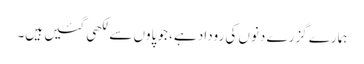
ہمارے گزرے دنوں کی روداد ہے، جو پاوں سے لکھی گئیں ہیں۔